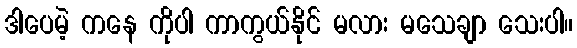
ဒါပေမဲ့ ကနေ ကိုပါ ကာကွယ်နိုင် မလား မသေချာ သေးပါ။